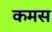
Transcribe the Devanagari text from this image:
कमस